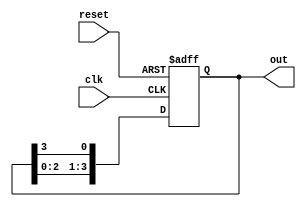
module ring_counter (
    input wire clk,          // Clock input
    input wire reset,        // Asynchronous reset input
    output reg [N-1:0] out   // Output state of the ring counter
);
    parameter N = 4;         // Number of flip-flops (change as needed)

    always @(posedge clk or posedge reset) begin
        if (reset) begin
            out <= 1'b1;     // Initialize the ring counter to 1000 (only the first bit is '1')
        end else begin
            out <= {out[N-2:0], out[N-1]}; // Shift left and wrap around
        end
    end
endmodule